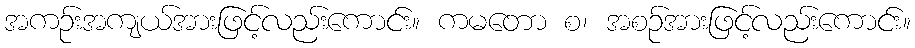
အကဉ်းအကျယ်အားဖြင့်လည်းကောင်း။ ကမတော စ၊ အစဉ်အားဖြင့်လည်းကောင်း။